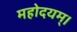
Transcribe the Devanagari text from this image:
महोदयम्।